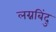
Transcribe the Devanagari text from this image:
लग्नबिंदु